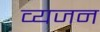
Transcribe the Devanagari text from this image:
व्यजन